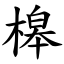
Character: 槔